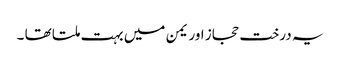
یہ درخت حجاز اور یمن میں بہت ملتا تھا ۔